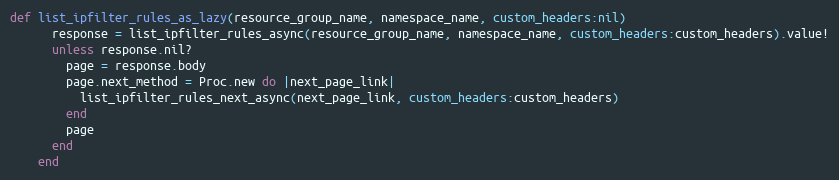
Language: Ruby
def list_ipfilter_rules_as_lazy(resource_group_name, namespace_name, custom_headers:nil)
      response = list_ipfilter_rules_async(resource_group_name, namespace_name, custom_headers:custom_headers).value!
      unless response.nil?
        page = response.body
        page.next_method = Proc.new do |next_page_link|
          list_ipfilter_rules_next_async(next_page_link, custom_headers:custom_headers)
        end
        page
      end
    end